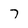
Character: 7